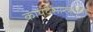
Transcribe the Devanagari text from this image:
कायदेशास्त्राच्या